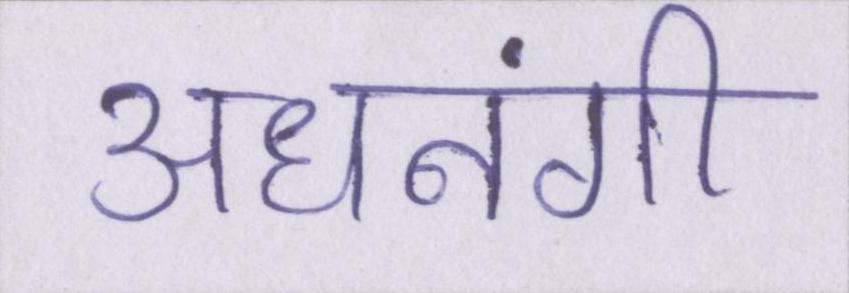
अधनंगी